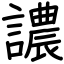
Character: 譨